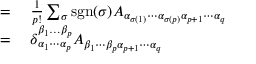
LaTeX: \begin{array} { r l } { = { } } & { { } { \frac { 1 } { p ! } } \sum _ { \sigma } \operatorname { s g n } ( \sigma ) A _ { \alpha _ { \sigma ( 1 ) } \cdots \alpha _ { \sigma ( p ) } \alpha _ { p + 1 } \cdots \alpha _ { q } } } \\ { = { } } & { { } \delta _ { \alpha _ { 1 } \cdots \alpha _ { p } } ^ { \beta _ { 1 } \dots \beta _ { p } } A _ { \beta _ { 1 } \cdots \beta _ { p } \alpha _ { p + 1 } \cdots \alpha _ { q } } } \end{array}